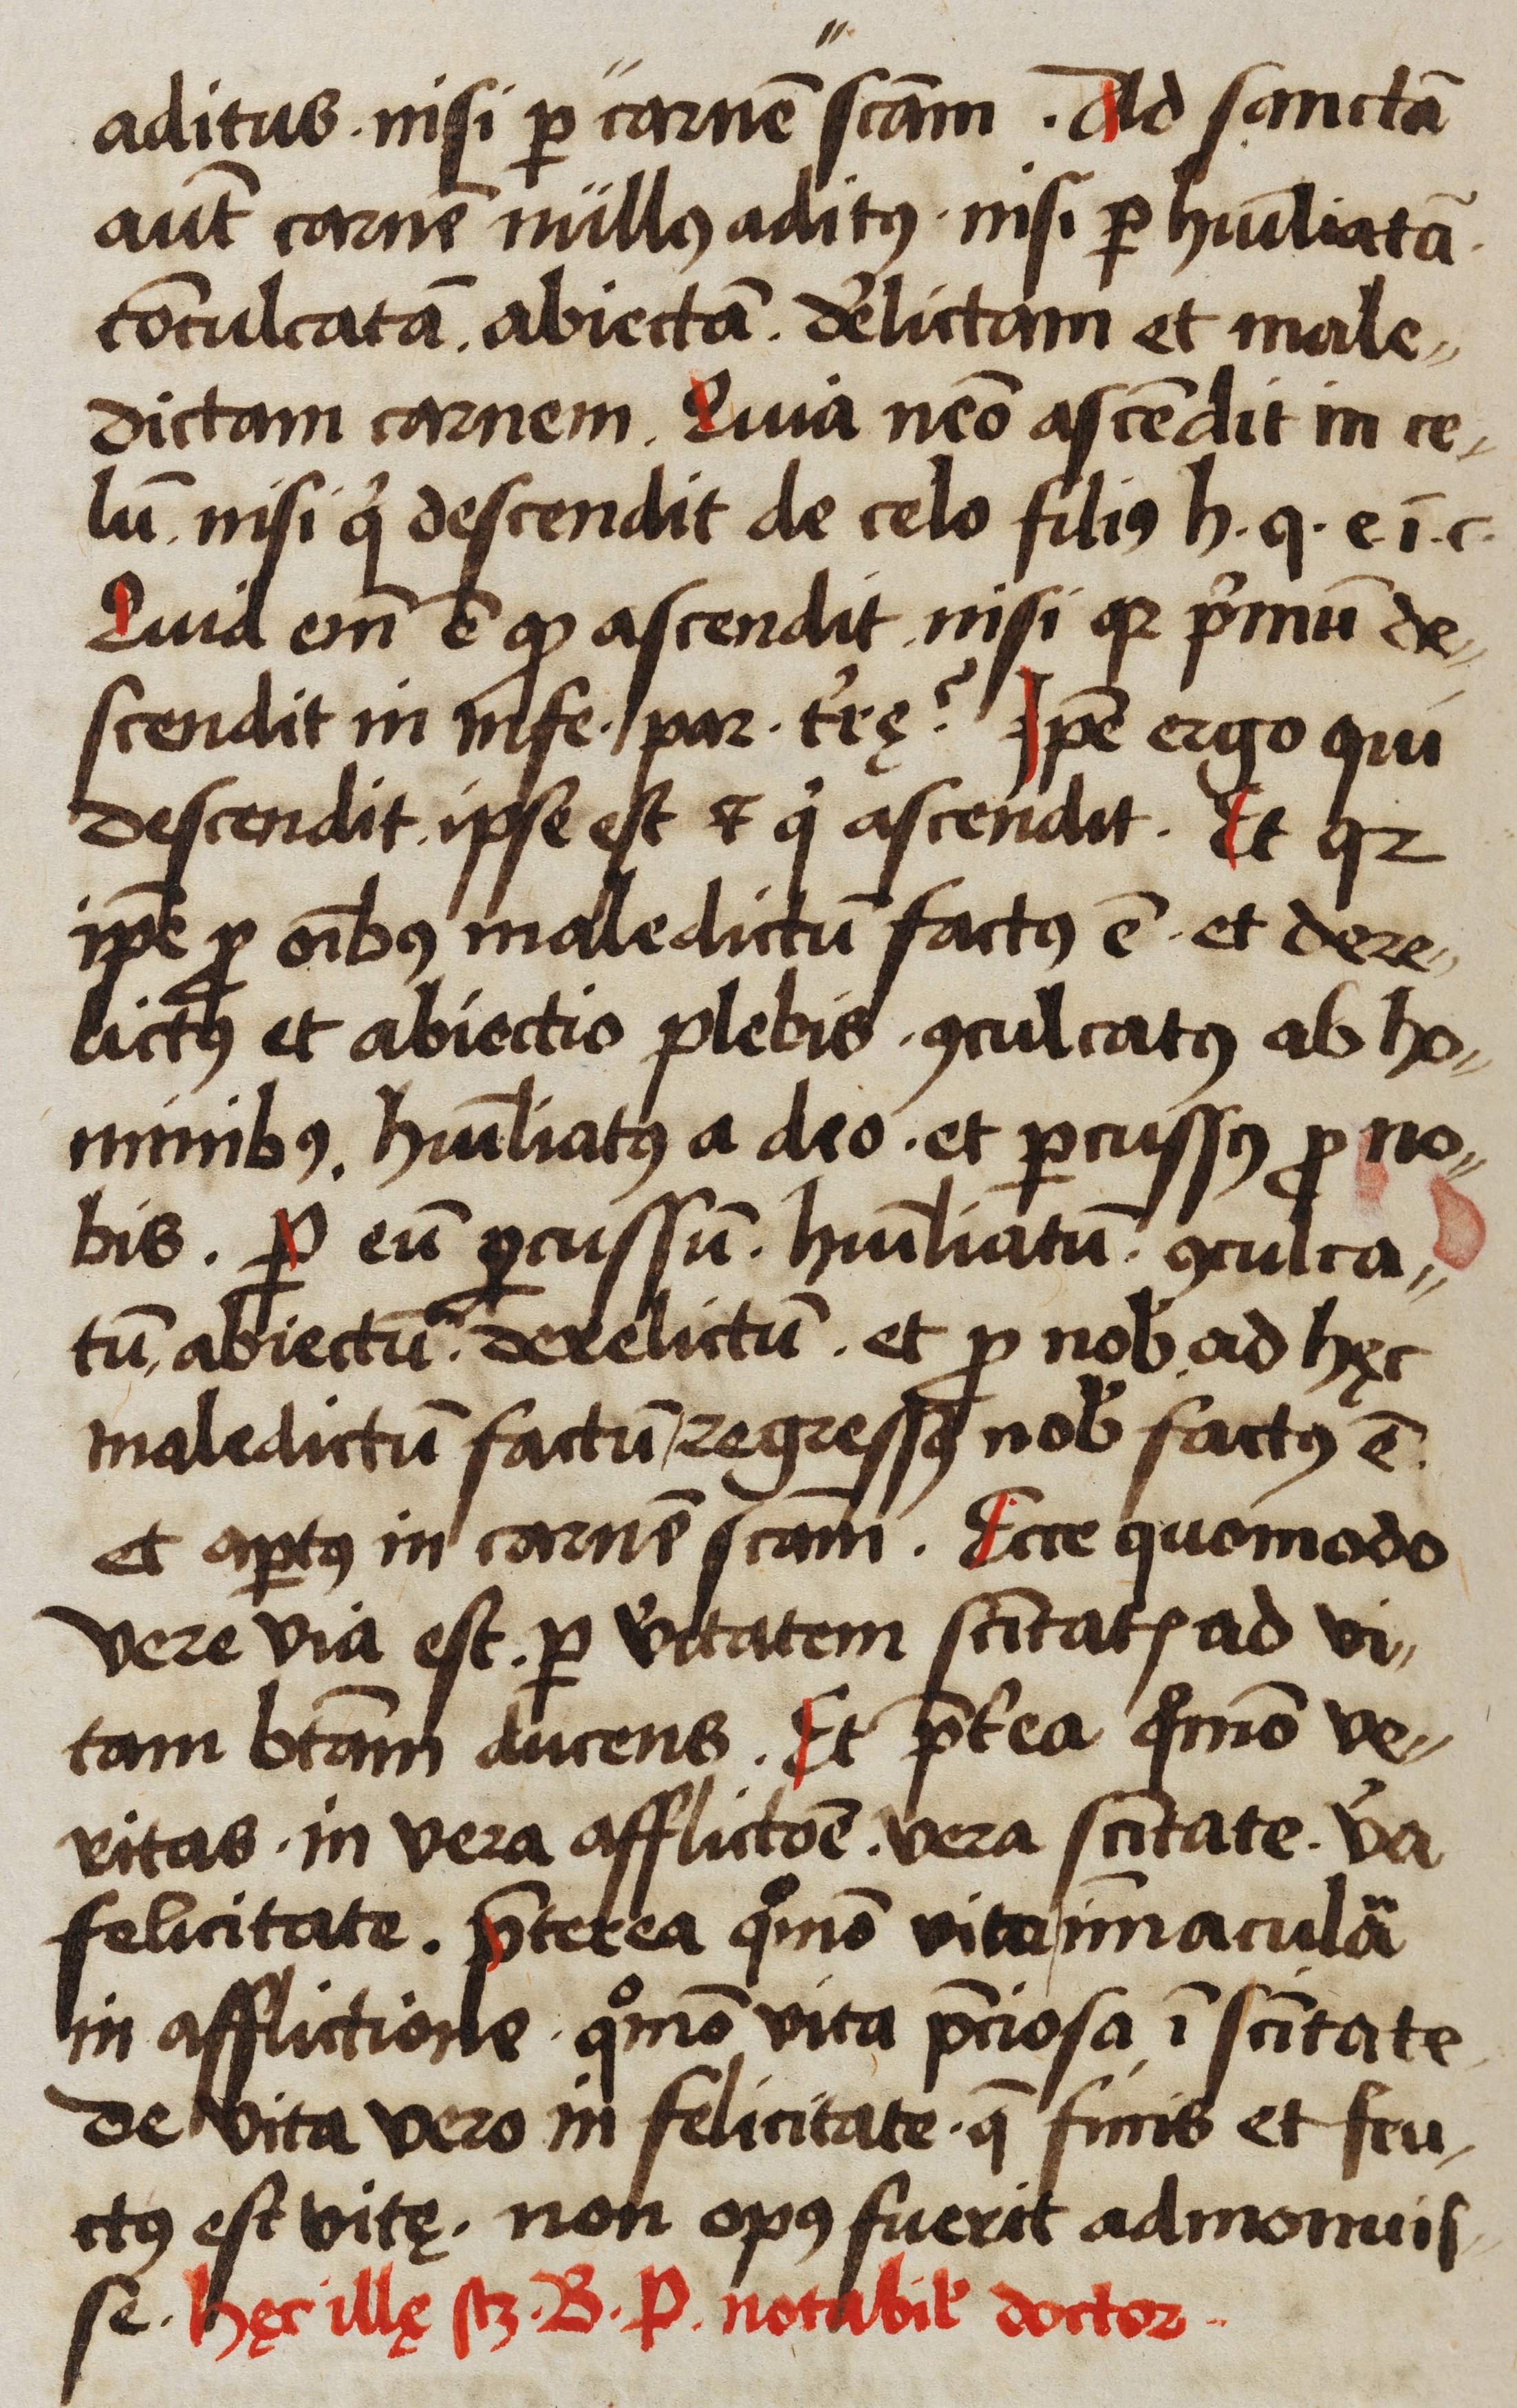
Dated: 1523–1523